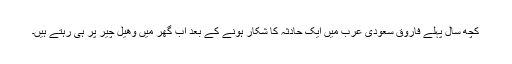
کچھ سال پہلے فاروق سعودی عرب میں ایک حادثہ کا شکار ہونے کے بعد اب گھر میں وھیل چیر پر ہی رہتے ہیں۔